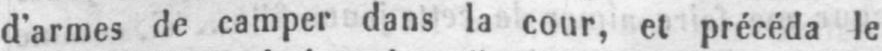
d’armes de camper dans la cour, et précéda le